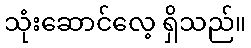
သုံးဆောင်လေ့ ရှိသည်။